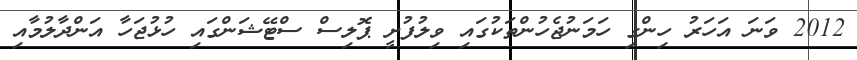
2012 ވަނަ އަހަރު ހިންގި ހަމަނުޖެހުންތަކުގައި ވިލުފުށީ ޕޮލިސް ސްޓޭޝަންގައި ހުޅުޖަހާ އަންދާލުމާއި